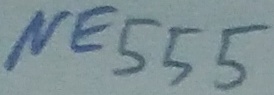
Text: NE555